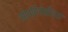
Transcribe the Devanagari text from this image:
सोव्हियेतीच्या